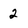
Character: 2